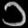
Digit: ၁